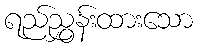
ရည်ညွှန်းထားသော